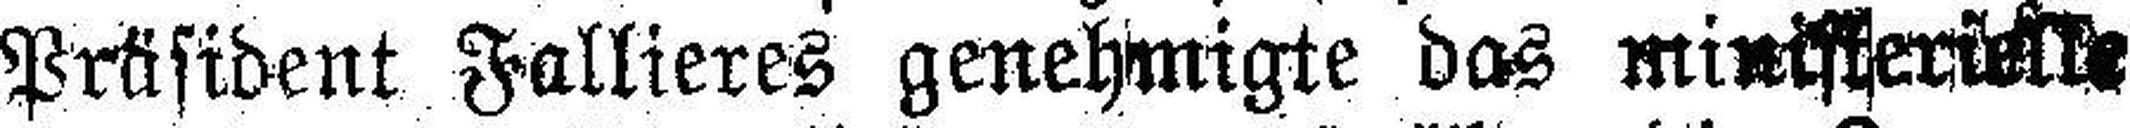
Präsident Fallieres genehmigte das ministerü###